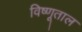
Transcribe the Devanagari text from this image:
विष्णूताल